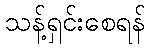
သန့်ရှင်းစေရန်